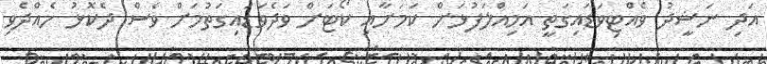
އަދި ނަޝީދު ވެއްޓިވަޑައިގަތީ އަމިއްލަފުޅަށް ކަމަށާއި ކޯޓަށް ވަދެވަޑައިގަތުމަށް ވެސް ދެކޮޅު ހެއްދެވި